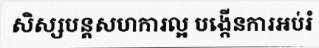
សិស្សបន្តសហការល្អ បង្កើនការអប់រំ